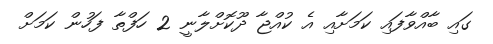
ގައި ބާއްވާފައި ކަމަށާއި އެ ކުއްޖާ ދޫކޮށްލާނީ 2 ހަފްތާ ފަހުން ކަމަށް